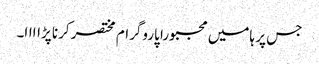
جس پر ہامیں مجبورا پاروگرام مختصر کرنا پڑاااا۔